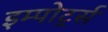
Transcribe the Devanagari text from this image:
इम्पोर्ट्स